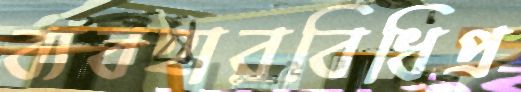
ব্যবহারবিধিপ্র